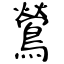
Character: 鶯